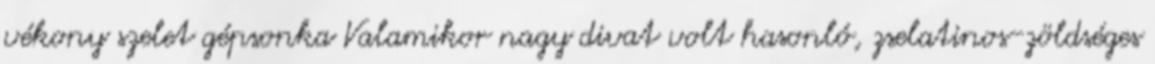
vékony szelet gépsonka Valamikor nagy divat volt hasonló, zselatinos-zöldséges